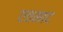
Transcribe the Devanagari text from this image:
एतमाद